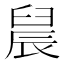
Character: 䢅